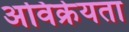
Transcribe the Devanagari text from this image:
अविक्रेयता